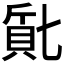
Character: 𬥔